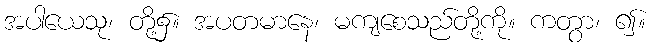
အပါယေသု၊ တို့၌။ အပတမာနေ၊ မကျစေသည်တို့ကို။ ကတွာ၊ ၍။